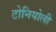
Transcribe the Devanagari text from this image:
टोनियोली